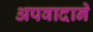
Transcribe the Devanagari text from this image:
अपवादाने